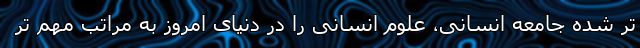
تر شده جامعه انسانی، علوم انسانی را در دنیای امروز به مراتب مهم تر